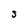
Character: s